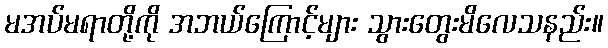
မအပ်မရာတို့ကို အဘယ်ကြောင့်များ သွားတွေးမိလေသနည်း။